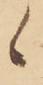
候